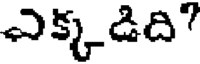
ఎక్కడిది"